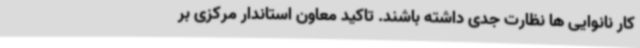
کار نانوایی ها نظارت جدی داشته باشند. تاکید معاون استاندار مرکزی بر